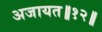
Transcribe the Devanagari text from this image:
अजायत॥१२॥